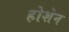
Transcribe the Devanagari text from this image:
होशेन